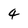
Character: 4